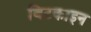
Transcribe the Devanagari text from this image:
बिटकाइन